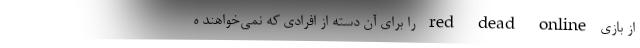
از بازی red dead online را برای آن دسته از افرادی که نمی‌خواهند ه